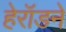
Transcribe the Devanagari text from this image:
हेरॉडने